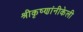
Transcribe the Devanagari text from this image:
श्रीकृष्णांनीकेली